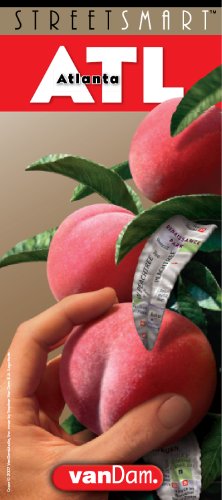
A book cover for StreetSmart Atlanta Map; Stephan Van Dam; Travel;